Calcutta medical institutions reports 1892-1900
Year: 1892
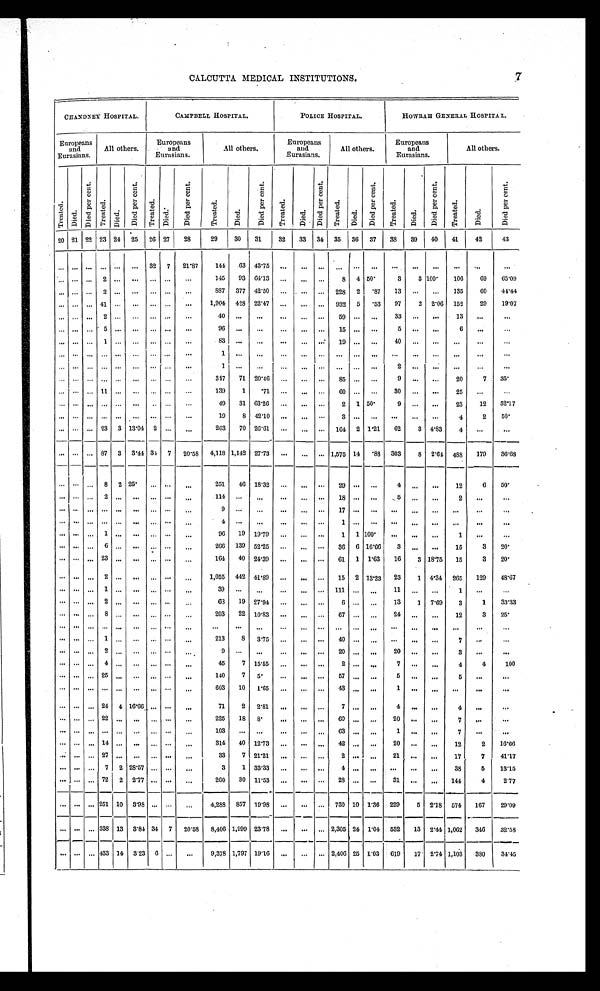
7
CALCUTTA MEDICAL INSTITUTIONS.
CHANDNEY HOSPITAL.
CAMPBELL HOSPITAL.
POLICE HOSPITAL.
HOWRAH GENERAL HOSPITAL.
Europeans
and
Eurasians.
All others.
Europeans
and
Eurasians.
All others.
Europeans
and
Eurasians.
All others.
Europeans
and
Eurasians.
All others.
Treated.
Died.
Di e d p e r c e n t .
Tr eat ed.
Di ed.
D i e d p e r c e n t .
T r e a t e d .
Died.
D i e d p e r c e n t .
T r e a t e d .
Di e d .
D i e d p e r c e n t .
Tr e a t e d .
D i e d .
Di e d p e r c e n t .
T r e a t e d .
Died.
D i e d p e r c e n t .
T r e a t e d .
Di ed.
D i e d p e r c e n t .
T r e a t e d .
D i e d .
D i e d p e r c e n t .
20 21 22 23 24
25
2 6 27
28
29
30
31
32
33
34
35
36
37
38
39
40
41
42
43
. . .
. . .
. . .
. . .
. . .
. . .
32
7
21.87
144
63 43.75
. . .
. . .
. . .
. . .
. . .
. . .
. . .
. . . . . .
. . .. . .
. . .
. . .
. . .
. . .
2
. . .
. . .
. . .
. . .
. . .
1 4 5 93
64.13
. . .
. . .
. . .
8
4 50.
3
3 100.
106
69
65.09
. . .
. . .
. . .
2
. . .. . .
. . .
. . .. . .
887
377
42.50
. . .
. . .
. . . 228
2
.87
13
. . .
. . .
135
6 0 44.44
. . .
. . .
. . .
4 1
. . .. . .
. . .
. . .. . .
1,904
428 22.47
. . .
. . .
. . . 932
5
.53
97
2
2.06
152
29
19.07
. . .
. . .
. . . 2
. . . . . .
. . .
. . .
. . .
40
. . .
. . .
. . .
. . .
. . .
5 9
. . . . . .
33
. . .
. . .
13
. . .
. . .
. . .
. . .
. . .
5
. . .. . .
. . .
. . .
. . .
96
. . . . . .
. . .
. . .
. . . 15
. . . . . .
5
. . .
. . .
6
. . .
. . .
. . .
. . .
. . .
1
. . .. . .
. . .
. . .
. . .
83
. . .
. . .
. . .
. . .
. . .
1 9
. . . . . .
4 0
. . .
. . .
. . .
. . .
. . .
. . .
. . . . . .
. . .
. . .. . .
. . .
. . .
. . .
1
. . . . . .
. . .
. . .
. . .
. . .
. . .
. . .
. . .
. . .
. . .
. . .
. . .
. . .
. . . . . .
. . .
. . .
. . .
. . .
. . .
. . .
. . .
1
. . . . . .
. . .
. . .
. . .
. . .
. . .
. . .
2
. . .
. . .
. . .
. . .
. . .
. . . . . .
. . .
. . .
. . .
. . .
. . .
. . .
. . .
347
71
20.46
. . .
. . .
. . .
85
. . .
. . .
9
. . .
. . .
20
7
35.
. . .
. . .
. . .
1 1
. . .. . .
. . .
. . .
. . .
139
1
. 7 1 . . .
. . .
. . .
60
. . .
. . .
30
. . .
. . .
25
. . .
. . .
. . .
. . .
. . .
. . .
. . .. . .
. . .
. . .
. . .
49
31 63.26
. . .
. . .
. . .
2
1 50.
9
. . .
. . .
23
12
52.17
. . .
. . .
. . .
. . .
. . . . . .
. . .
. . .
. . .
19
8 42.10
. . .
. . .
. . .
3
. . .. . .
. . .
. . .
. . .
4
2
50.
. . .
. . .
. . . 23
3 13.04
2
. . .
. . .
263
70 26.61
. . .
. . .
. . . 164
2 1.21
62
3 4.83
4
. . . . . .
. . .
. . .
. . . 87
3
3.44 34 7
20.58
4,118 1,142 27.73
. . .
. . .
. . . 1,575 14
.88 303
8
2.64
488
179
36.68
. . .
. . .
. . .
8
2 25.
. . .
. . .
. . .
251
46 18.32
. . .
. . .
. . .
29
. . .
. . .
4
. . . . . .
12
6
50.
. . .
. . .
. . .
2
. . .. . .
. . .
. . .
. . .
114
. . . . . .
. . .
. . .
. . .
1 8
. . . . . .
5
. . . . . .
2
. . .
. . .
. . .
. . .
. . .
. . .
. . .
. . .
. . .
. . .
. . .
9
. . . . . .
. . .
. . .
. . . 17
. . . . . .
. . .
. . . . . .
. . .
. . .
. . .
. . . . . .
. . .
. . .
. . .
. . .
. . . . . .
. . .
4
. . . . . .
. . .
. . .
. . .
1
. . . . . .
. . .
. . . . . .
. . .
. . .
. . .
. . .
. . .
. . .
1
. . . . . .
. . .
. . .
. . .
96
19 19.79
. . .
. . .
. . .
1
1 100.
. . .
. . .
. . .
1
. . .
. . .
. . .
. . .
. . .
6
. . .
. . .
. . .
. . .
. . .
266
139 52.25
. . .
. . .
. . .
36
6 16.66
3
. . .
. . .
15
3
20.
. . .
. . .
. . . 23
. . . . . .
. . .
. . .
. . .
164
40
24.39
. . .
. . .
. . .
61
1
1.63
16
3 18.75
15
3
20.
. . .
. . .
. . .
2
. . . . . .
. . .
. . .
. . .
1,055
442
41.89
. . .
. . .
. . .
15
2 13.33
23
1 4.34
265
129
48.67
. . .
. . .
. . . 1
. . . . . .
. . .
. . .
. . .
39
. . .
. . .
. . .
. . .
. . .
1 1 1
. . .. . .
11
. . .. . .
1
. . .
. . .
. . .
. . .
. . . 2
. . . . . .
. . .
. . .
. . .
63
19 27.94
. . .
. . .
. . .
6
. . .. . .
13
1
7.69
3
1
33.33
. . .
. . .
. . .
8
. . . . . .
. . .
. . .
. . .
203
22
10.83
. . .
. . .
. . .
67
. . .
. . .
24
. . . . . .
12
3
25.
. . .
. . .
. . .
. . .
. . . . . .
. . .
. . .
. . .
. . .
. . . . . .
. . .
. . .
. . .
. . .
. . . . . .
. . .
. . . . . .
. . .
. . . . . .
. . .
. . .
. . .
1
. . .
. . .
. . .
. . .
. . .
213
8
3.75
. . .
. . .
. . .
40
. . .
. . .
. . .
. . .
. . .
7
. . .
. . .
. . .
. . .
. . . 2
. . . . . .
. . .
. . .
. . .
9
. . .
. . .
. . .
. . .
. . . 20
. . .
. . .
20
. . .
. . .
3
. . .
. . .
. . .
. . .
. . .
4
. . . . . .
. . .
. . .
. . .
45
7
15.55
. . .
. . .
. . .
2
. . .
. . .
7
. . .
. . .
4
4
100
. . .
. . .
. . .
2 5
. . . . . .
. . .
. . .
. . .
140
7
5.
. . .
. . .
. . .
57
. . .
. . .
5
. . .
. . .
5
. . .
. . .
. . .
. . .
. . .
. . .
. . .
. . .
. . .
. . .
. . .
603
10
1.65
. . .
. . .
. . .
43
. . .
. . .
1
. . .
. . .
. . .
. . .
. . .
. . .
. . .
. . . 24
4 16.66
. . .
. . .
. . .
71
2
2.81
. . .
. . .
. . .
7
. . . . . .
4
. . .
. . .
4
. . .
. . .
. . .
. . .
. . . 22 . . . . . .
. . .
. . .
. . .
225
18
8.
. . .
. . .
. . . 60
. . .
. . .
20
. . .
. . .
7
. . .
. . .
. . .
. . .
. . .
. . .. . . . . .
. . .. . . . . .
103
. . .
. . .
. . .
. . .
. . .
63
. . .
. . .
1
. . .
. . .
7
. . .
. . .
. . .
. . .
. . .
1 4. . . . . .
. . .. . . . . .
314
40
12.73
. . .
. . .
. . .
42
. . .. . .
20
. . .
. . .
12
2
16.66
. . .
. . .
. . .
2 7
. . . . . .
. . .. . . . . .
33
7 21.21
. . .
. . .
. . .
2
. . .. . .
21
. . .
. . .
17
7
41.17
. . .
. . .
. . .
7 2
2 8 . 5 7
. . .. . . . . .
3
1 33.33
. . .
. . .
. . .
4
. . .. . .
. . .
. . .
. . .
38
5
13.15
. . .
. . .
. . .
7 2
2
2.77
. . .. . . . . .
260
30 11.53
. . .
. . .
. . .
28
. . .
. . .
31
. . .
. . .
144
4
2.77
. . .
. . .
. . . 251 10
3.98
. . . . . . . . .
4,288
857 19.98
. . .
. . .
. . . 730 10
1.36
229
5
2.18
574
167
29.09
. . .
. . .
. . . 338 13
3.84 34
7
20.58
8,406 1,999 23.78
. . .
. . .
. . . 2,305 24 1.04
532
13
2.44 1,062
346
32.58
. . .
. . .
. . . 433 14
3.23
6
. . .
. . .
9,378 1,797 19.16
. . .
. . .
. . . 2,406 25 1.03
619
17
2.74 1,103
380
34.45